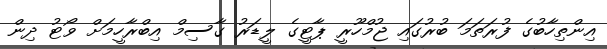
އިންތިހާބުގެ ފުރަތަމަ ބުރުގައި ޖުމްހޫރީ ޕާޓީގެ ލީޑަރު ގާސިމް އިބްރާހީމަށް ވޯޓު ދިން